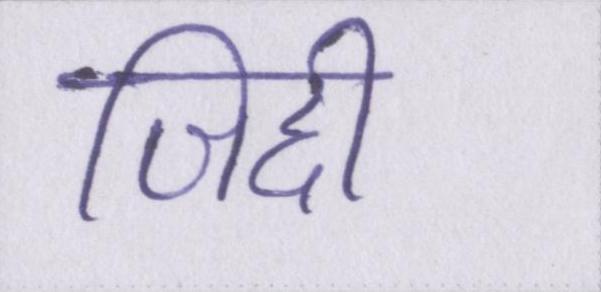
जिद्दी